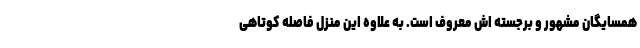
همسایگان مشهور و برجسته اش معروف است. به علاوه این منزل فاصله کوتاهی